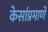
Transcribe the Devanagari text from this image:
केसांप्रमाणे